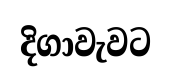
දිගාවැවට